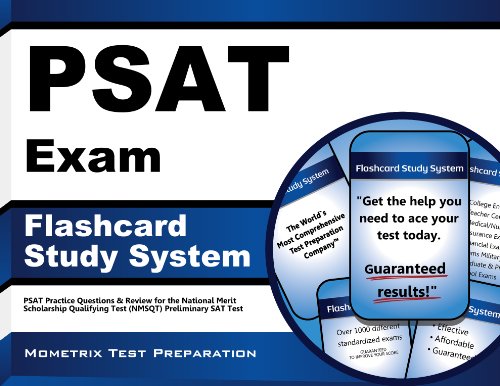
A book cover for PSAT Exam Flashcard Study System: PSAT Practice Questions & Review for the National Merit Scholarship Qualifying Test (NMSQT) Preliminary SAT Test (Cards); PSAT Exam Secrets Test Prep Team; Test Preparation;